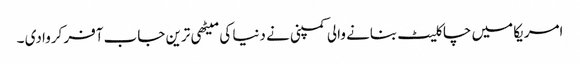
امریکا میں چاکلیٹ بنانے والی کمپنی نے دنیا کی میٹھی ترین جاب آفر کروا دی ۔